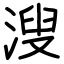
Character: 溲